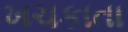
ખચકાતા